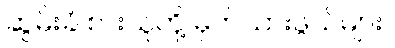
ဆွမ်းခံ စားသူတို့ မှတ်သားဖွယ်များ။